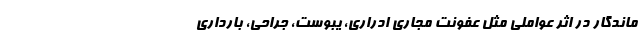
ماندگار در اثر عواملی مثل عفونت مجاری ادراری، یبوست، جراحی، بارداری‌